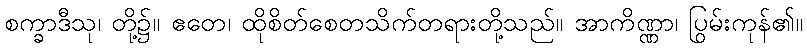
စက္ခာဒီသု၊ တို့၌။ ဧတေ၊ ထိုစိတ်စေတသိက်တရားတို့သည်။ အာကိဏ္ဏာ၊ ပြွမ်းကုန်၏။